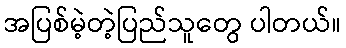
အပြစ်မဲ့တဲ့ပြည်သူတွေ ပါတယ်။